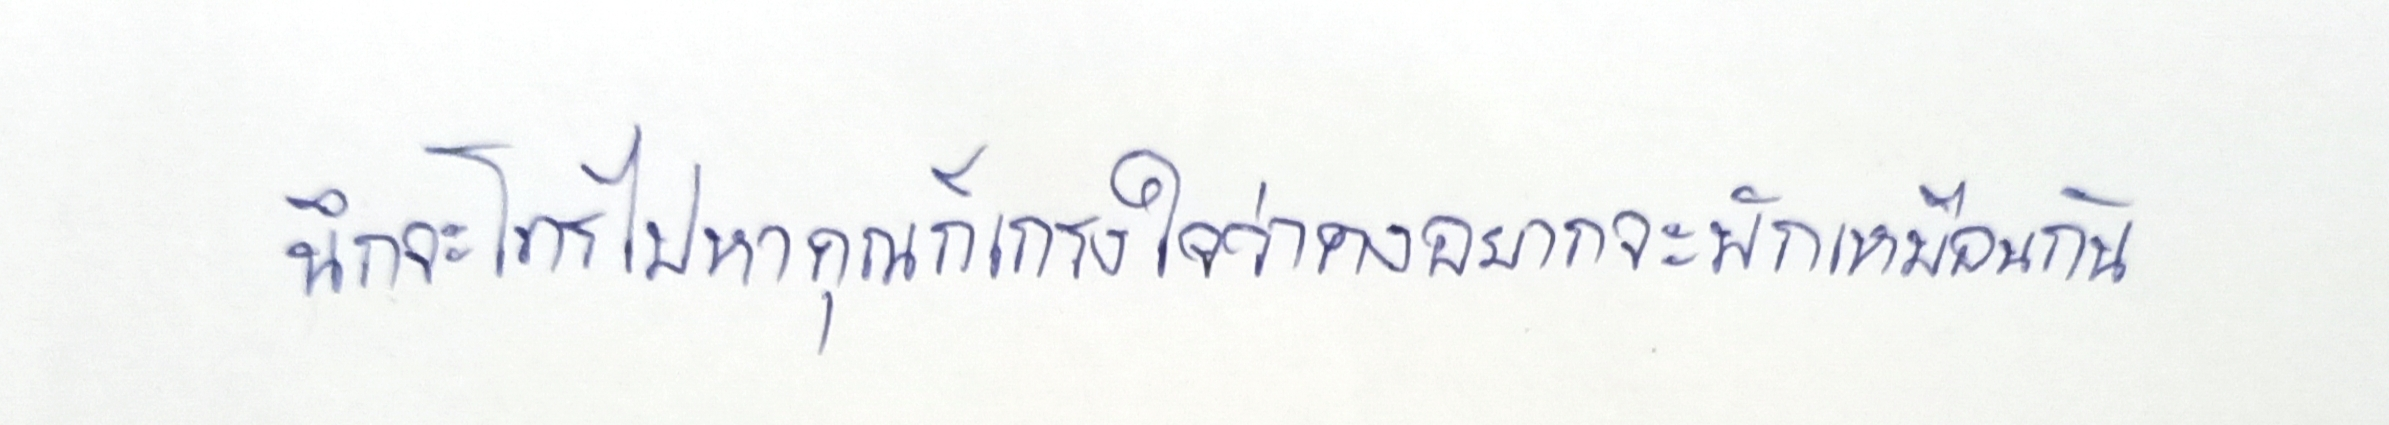
นึกจะโทรไปหาคุณก็เกรงใจว่าคงอยากจะพักเหมือนกัน"